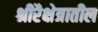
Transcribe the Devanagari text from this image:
श्रीरैक्षेत्रातील